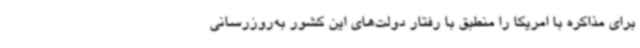
برای مذاکره با امریکا را منطبق با رفتار دولت‌های این کشور به‌روزرسانی